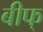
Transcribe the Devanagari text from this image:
बीफ्